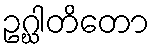
ဥဂ္ဃါတိတော